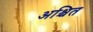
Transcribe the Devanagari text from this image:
अश्चित